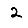
Digit: 2